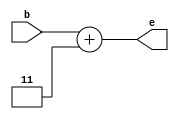
`timescale 1ns / 1ps
//////////////////////////////////////////////////////////////////////////////////
// Design Name: BINARY CODED DECIMAL TO EXCESS 3 CONVERSION 
// Module Name: BCD_E3
// Description: performs binary coded decimal adddition 
// 
//////////////////////////////////////////////////////////////////////////////////

 // Day-35 BCD TO EXCESS 3 CODE 
 module BCD_E3(input [3:0] b, output [3:0] e);
assign e = b + 4'b0011;
endmodule